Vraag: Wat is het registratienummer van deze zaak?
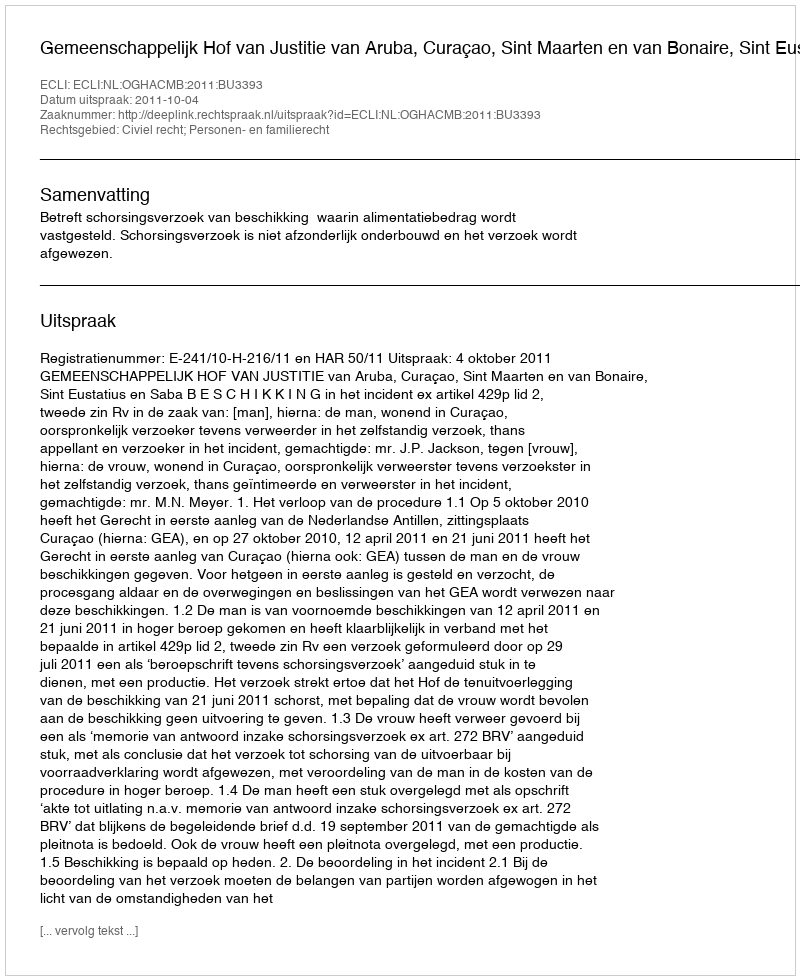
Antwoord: http://deeplink.rechtspraak.nl/uitspraak?id=ECLI:NL:OGHACMB:2011:BU3393